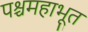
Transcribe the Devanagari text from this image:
पश्चमहाभूत